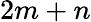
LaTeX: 2m+n